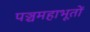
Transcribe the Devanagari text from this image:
पञ्चमहाभूतों